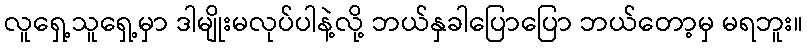
လူရှေ့သူရှေ့မှာ ဒါမျိုးမလုပ်ပါနဲ့လို့ ဘယ်နှခါပြောပြော ဘယ်တော့မှ မရဘူး။